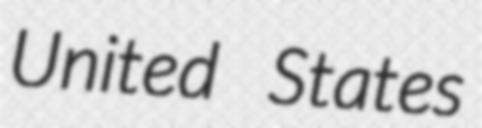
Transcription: United States